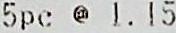
5PC @ 1.15